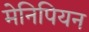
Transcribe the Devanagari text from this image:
मेनिपियन